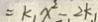
= k _ { 1 } x ^ { 2 } - 2 k